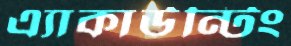
এ্যাকাউন্টিং